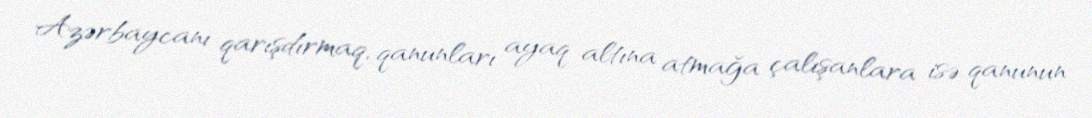
Azərbaycanı qarışdırmaq, qanunları ayaq altına atmağa çalışanlara isə qanunun